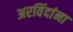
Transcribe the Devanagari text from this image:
अरविंदांना